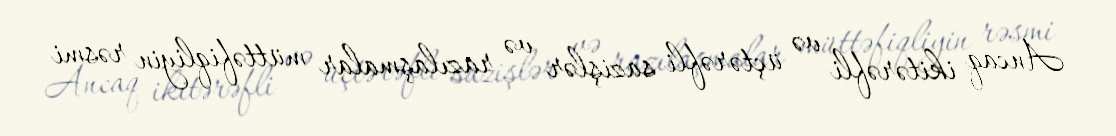
Ancaq ikitərəfli və üçtərəfli sazişlər və razılaşmalar müttəfiqliyin rəsmi